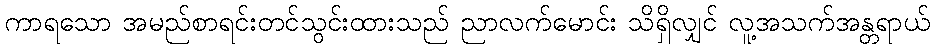
ကာရသော အမည်စာရင်းတင်သွင်းထားသည် ညာလက်မောင်း သိရှိလျှင် လူ့အသက်အန္တရာယ်